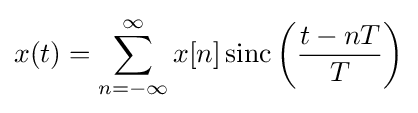
x(t)=\sum _{n=-\infty }^{\infty }x[n]\,{\rm {sinc}}\left({\frac {t-nT}{T}}\right)